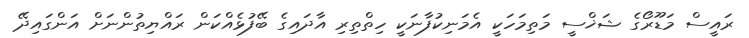
ރައީސް މަޑޫރޯގެ ޝަޚްސީ މަތިމަހަކީ އެމަނިކުފާނަކީ ހިތްތިރި އާދައިގެ ބޭފުޅެއްކަން ރައްޔިތުންނަށް އަންގައިދޭ